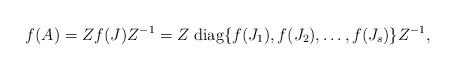
LaTeX: \begin{align*}f(A)=Z f(J) Z^{-1}= Z\; \mathrm{diag} \{f(J_1),f(J_2),\ldots,f(J_s)\} Z^{-1},\end{align*}